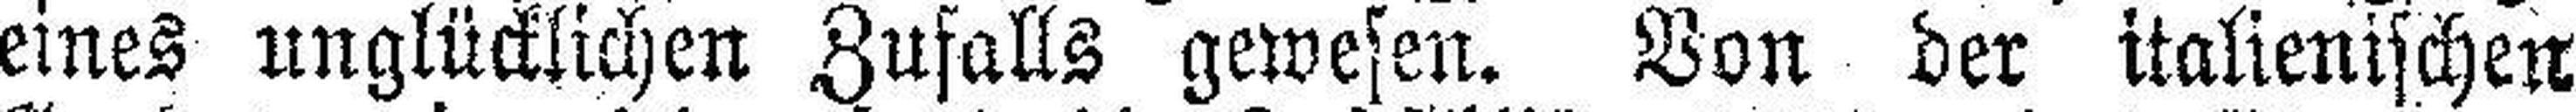
eines unglücklichen Zufalls gewesen. Von der italienischen